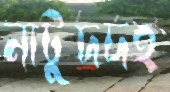
নাটুদদহ